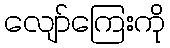
လျော်ကြေးကို